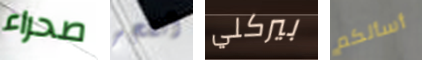
صحراء أنفجر بيركلي أسألكم